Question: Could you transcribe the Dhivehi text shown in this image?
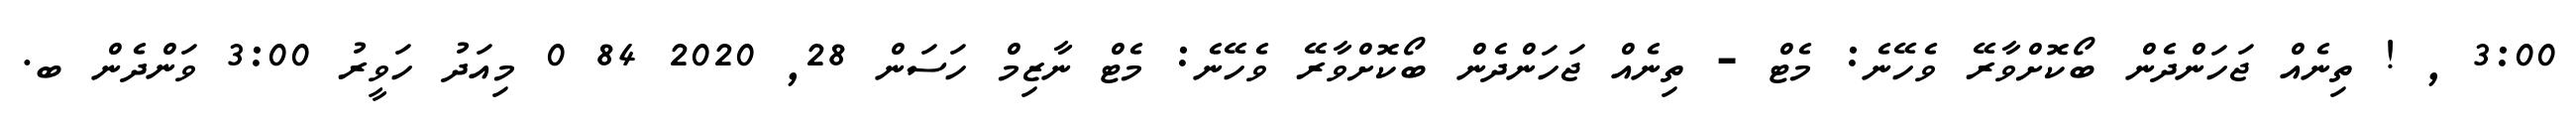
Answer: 3:00 , ! ތިނެއް ޖަހަންދެން ބޯކޮށްވާރޭ ވެހޭނެ: މެޓް - ތިނެއް ޖަހަންދެން ބޯކޮށްވާރޭ ވެހޭނެ: މެޓް ނާޒިމް ހަސަން 28, 2020 84 0 މިއަދު ހަވީރު 3:00 ވަންދެން ބ.